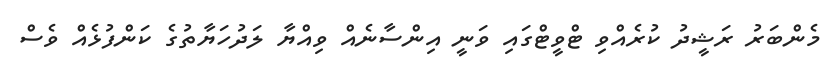
މެންބަރު ރަޝީދު ކުރެއްވި ޓްވީޓްގައި ވަނީ އިންސާނެއް ވިއްޔާ ލަދުހަޔާތުގެ ކަންފުޅެއް ވެސް